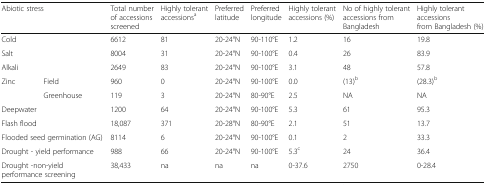
<table><thead><tr><td colspan="2"><b>Abiotic stress</b></td><td><b>Total number of accessions screened</b></td><td><b>Highly tolerant accessions<sup>a</sup></b></td><td><b>Preferred latitude</b></td><td><b>Preferred longitude</b></td><td><b>Highly tolerant accessions (%)</b></td><td><b>No of highly tolerant accessions from Bangladesh</b></td><td><b>Highly tolerant accessions from Bangladesh (%)</b></td></tr></thead><tbody><tr><td colspan="2">Cold</td><td>6612</td><td>81</td><td>20-24°N</td><td>90-110°E</td><td>1.2</td><td>16</td><td>19.8</td></tr><tr><td colspan="2">Salt</td><td>8004</td><td>31</td><td>20-24°N</td><td>90-100°E</td><td>0.4</td><td>26</td><td>83.9</td></tr><tr><td colspan="2">Alkali</td><td>2649</td><td>83</td><td>20-24°N</td><td>90-100°E</td><td>3.1</td><td>48</td><td>57.8</td></tr><tr><td rowspan="2">Zinc</td><td>Field</td><td>960</td><td>0</td><td>20-24°N</td><td>90-100°E</td><td>0.0</td><td>(13)<sup>b</sup></td><td>(28.3)<sup>b</sup></td></tr><tr><td>Greenhouse</td><td>119</td><td>3</td><td>20-24°N</td><td>80-90°E</td><td>2.5</td><td>NA</td><td>NA</td></tr><tr><td colspan="2">Deepwater</td><td>1200</td><td>64</td><td>20-24°N</td><td>90-100°E</td><td>5.3</td><td>61</td><td>95.3</td></tr><tr><td colspan="2">Flash flood</td><td>18,087</td><td>371</td><td>20-28°N</td><td>80-90°E</td><td>2.1</td><td>51</td><td>13.7</td></tr><tr><td colspan="2">Flooded seed germination (AG)</td><td>8114</td><td>6</td><td>20-24°N</td><td>90-100°E</td><td>0.1</td><td>2</td><td>33.3</td></tr><tr><td colspan="2">Drought - yield performance</td><td>988</td><td>66</td><td>20-24°N</td><td>90-100°E</td><td>5.3<sup>c</sup></td><td>24</td><td>36.4</td></tr><tr><td colspan="2">Drought -non-yield performance screening</td><td>38,433</td><td>na</td><td>na</td><td>na</td><td>0-37.6</td><td>2750</td><td>0-28.4</td></tr></tbody></table>